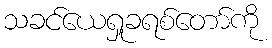
သခင်ယေရှုခရစ်တော်ကို